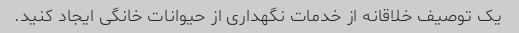
یک توصیف خلاقانه از خدمات نگهداری از حیوانات خانگی ایجاد کنید.